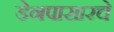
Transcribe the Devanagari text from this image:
डेनपासारचे